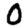
Digit: 0